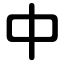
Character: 中